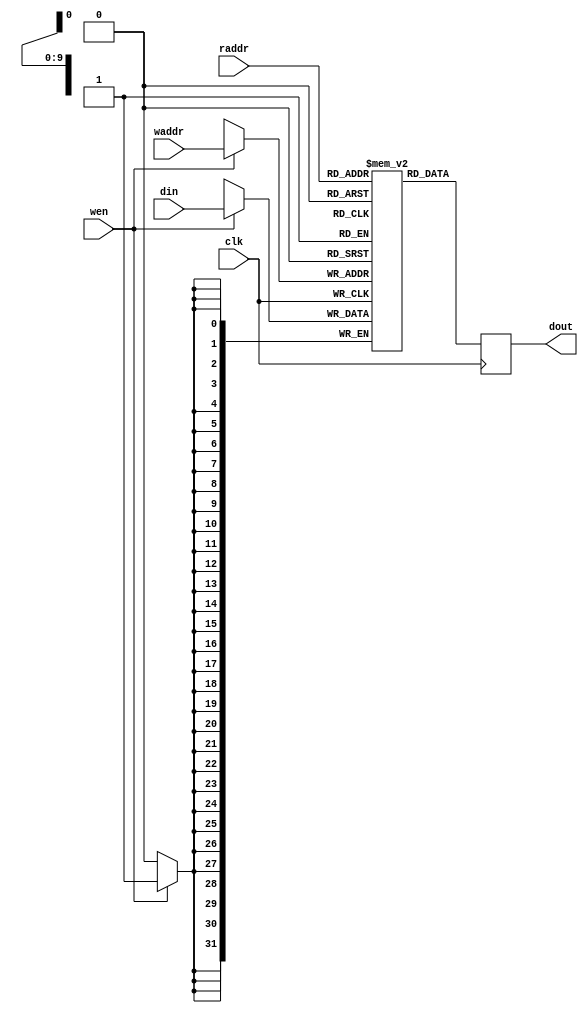
module BRAM #(parameter DSIZE=32, MSIZE=1023, DEPTH=10)
             (input                  clk,
              input                  wen,
              input      [DEPTH-1:0] waddr,
              input      [DSIZE-1:0] din,
              input      [DEPTH-1:0] raddr,
              output reg [DSIZE-1:0] dout);
// bram
(* ram_style="block" *) reg [DSIZE-1:0] blockram [MSIZE-1:0];

// write operation
always @(posedge clk) begin
    if(wen)
        blockram[waddr] <= din;
end

// read operation
always @(posedge clk) begin
    dout <= blockram[raddr];
end

endmodule